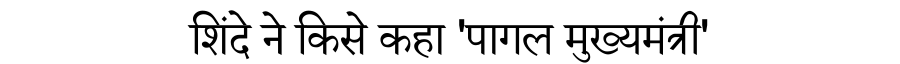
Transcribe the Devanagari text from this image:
शिंदे ने किसे कहा 'पागल मुख्यमंत्री'